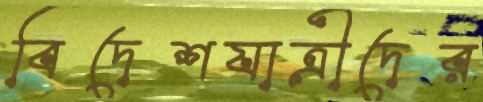
বিদেশযাত্রীদের